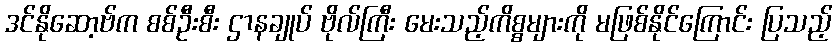
ဒင်နိုဆော့ဗ်က စစ်ဦးစီး ဌာနချုပ် ဗိုလ်ကြီး မေးသည့်ကိစ္စများကို မဖြစ်နိုင်ကြောင်း ပြသည့်